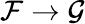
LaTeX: {\mathcal{F}}\to{\mathcal{G}}